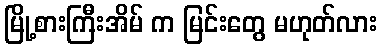
မြို့စားကြီးအိမ် က မြင်းတွေ မဟုတ်လား